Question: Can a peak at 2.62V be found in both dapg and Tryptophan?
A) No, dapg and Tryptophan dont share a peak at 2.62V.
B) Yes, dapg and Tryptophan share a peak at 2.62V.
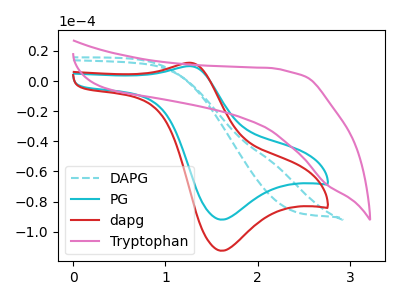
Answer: <think>The cyan dashed curve "DAPG" has no peaks. The cyan curve "PG" has an anodic peak at (1.25V, 9.95uA) and a cathodic peak at (1.60V, -92.05uA). The red curve "dapg" has an anodic peak at (1.25V, 12.20uA) and a cathodic peak at (1.60V, -112.75uA). The pink curve "Tryptophan" has no peaks.</think>
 <answer>A) No, "dapg" and "Tryptophan" dont share a peak at 2.62V.</answer>
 <eval>A</eval>